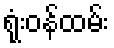
ရုံးဝန်ထမ်း